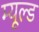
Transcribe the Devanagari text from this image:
म्यूल्ड